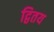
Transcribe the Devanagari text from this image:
द्वितय